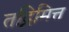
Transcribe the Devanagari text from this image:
तद्निमित्त